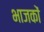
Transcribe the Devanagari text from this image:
भाजकों